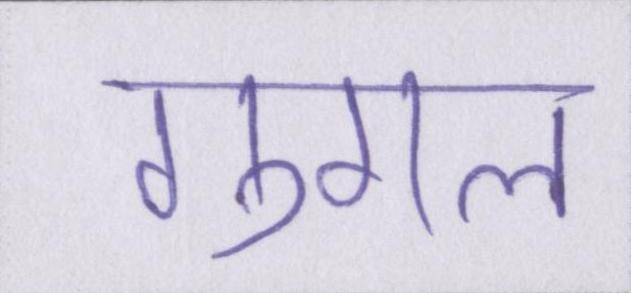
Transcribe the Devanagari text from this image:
गुगल